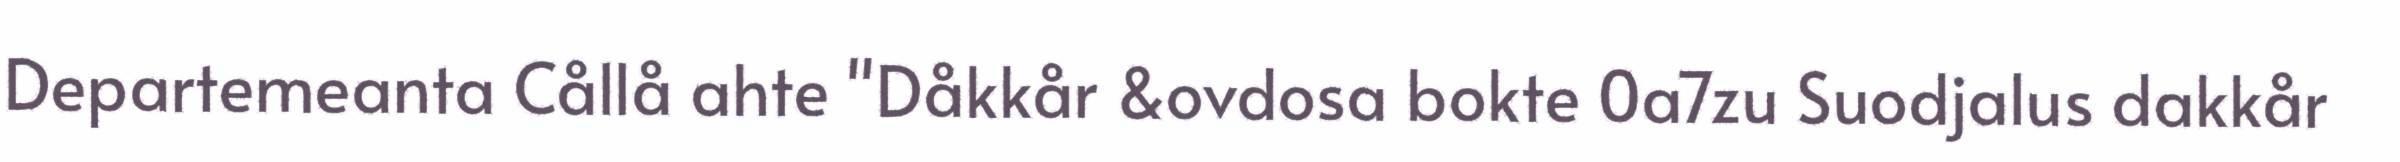
Departemeanta Cållå ahte "Dåkkår &ovdosa bokte 0a7zu Suodjalus dakkår